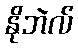
နိုဘဲလ်